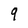
Character: 9